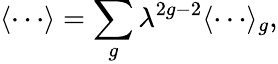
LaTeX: \langle\cdots\rangle=\sum_{g}\lambda^{2g-2}\langle\cdots\rangle_{g},